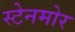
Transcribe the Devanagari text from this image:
स्टेनमोर